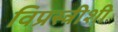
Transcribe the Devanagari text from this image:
विप्रस्त्रीशी